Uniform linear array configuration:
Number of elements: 4
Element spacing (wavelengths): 0.25
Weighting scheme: hann
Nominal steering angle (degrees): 15
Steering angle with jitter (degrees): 13.334
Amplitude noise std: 0.05
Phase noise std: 0.05

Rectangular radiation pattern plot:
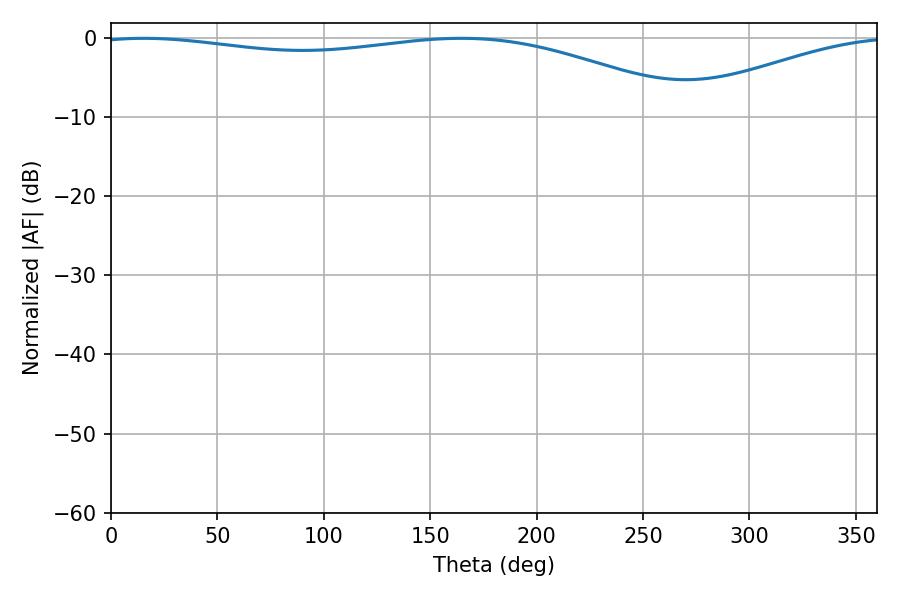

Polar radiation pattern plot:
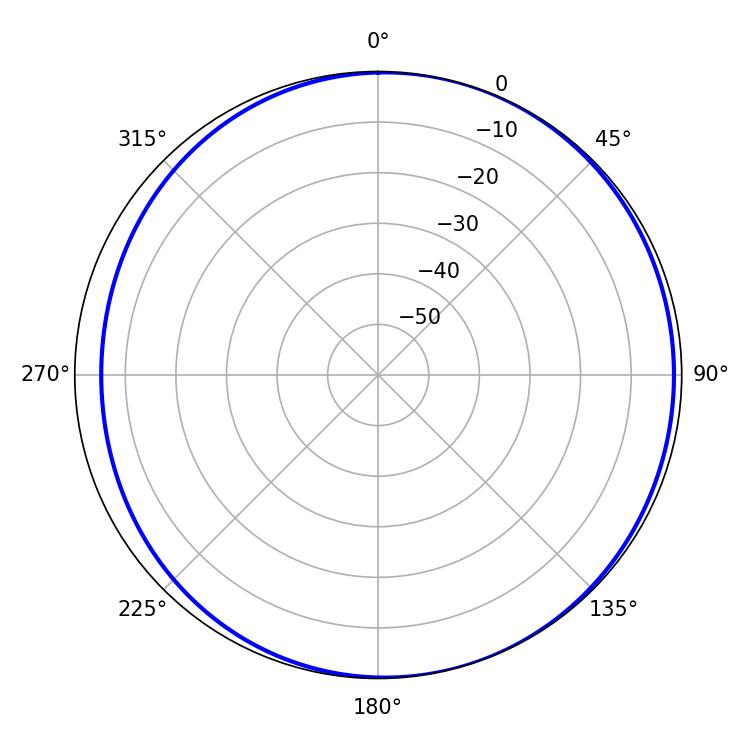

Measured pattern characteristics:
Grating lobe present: FALSE
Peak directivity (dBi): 4.449
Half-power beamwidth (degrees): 227.34
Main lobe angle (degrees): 15.3